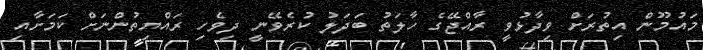
މައުމޫން އިތުރަށް ވިދާޅުވީ ރާއްޖޭގެ ހާލަތު ބަދަލު ކުރެވޭނީ ދިވެހި ރައްޔިތުންނަށް ކަމަށާއި